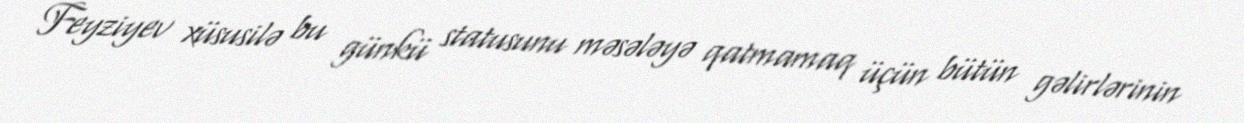
Feyziyev xüsusilə bu günkü statusunu məsələyə qatmamaq üçün bütün gəlirlərinin